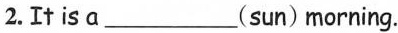
2.It is a ___(sun) morning.